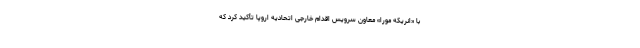
با «انریکه مورا» معاون سرویس اقدام خارجی اتحادیه اروپا تأکید کرد که